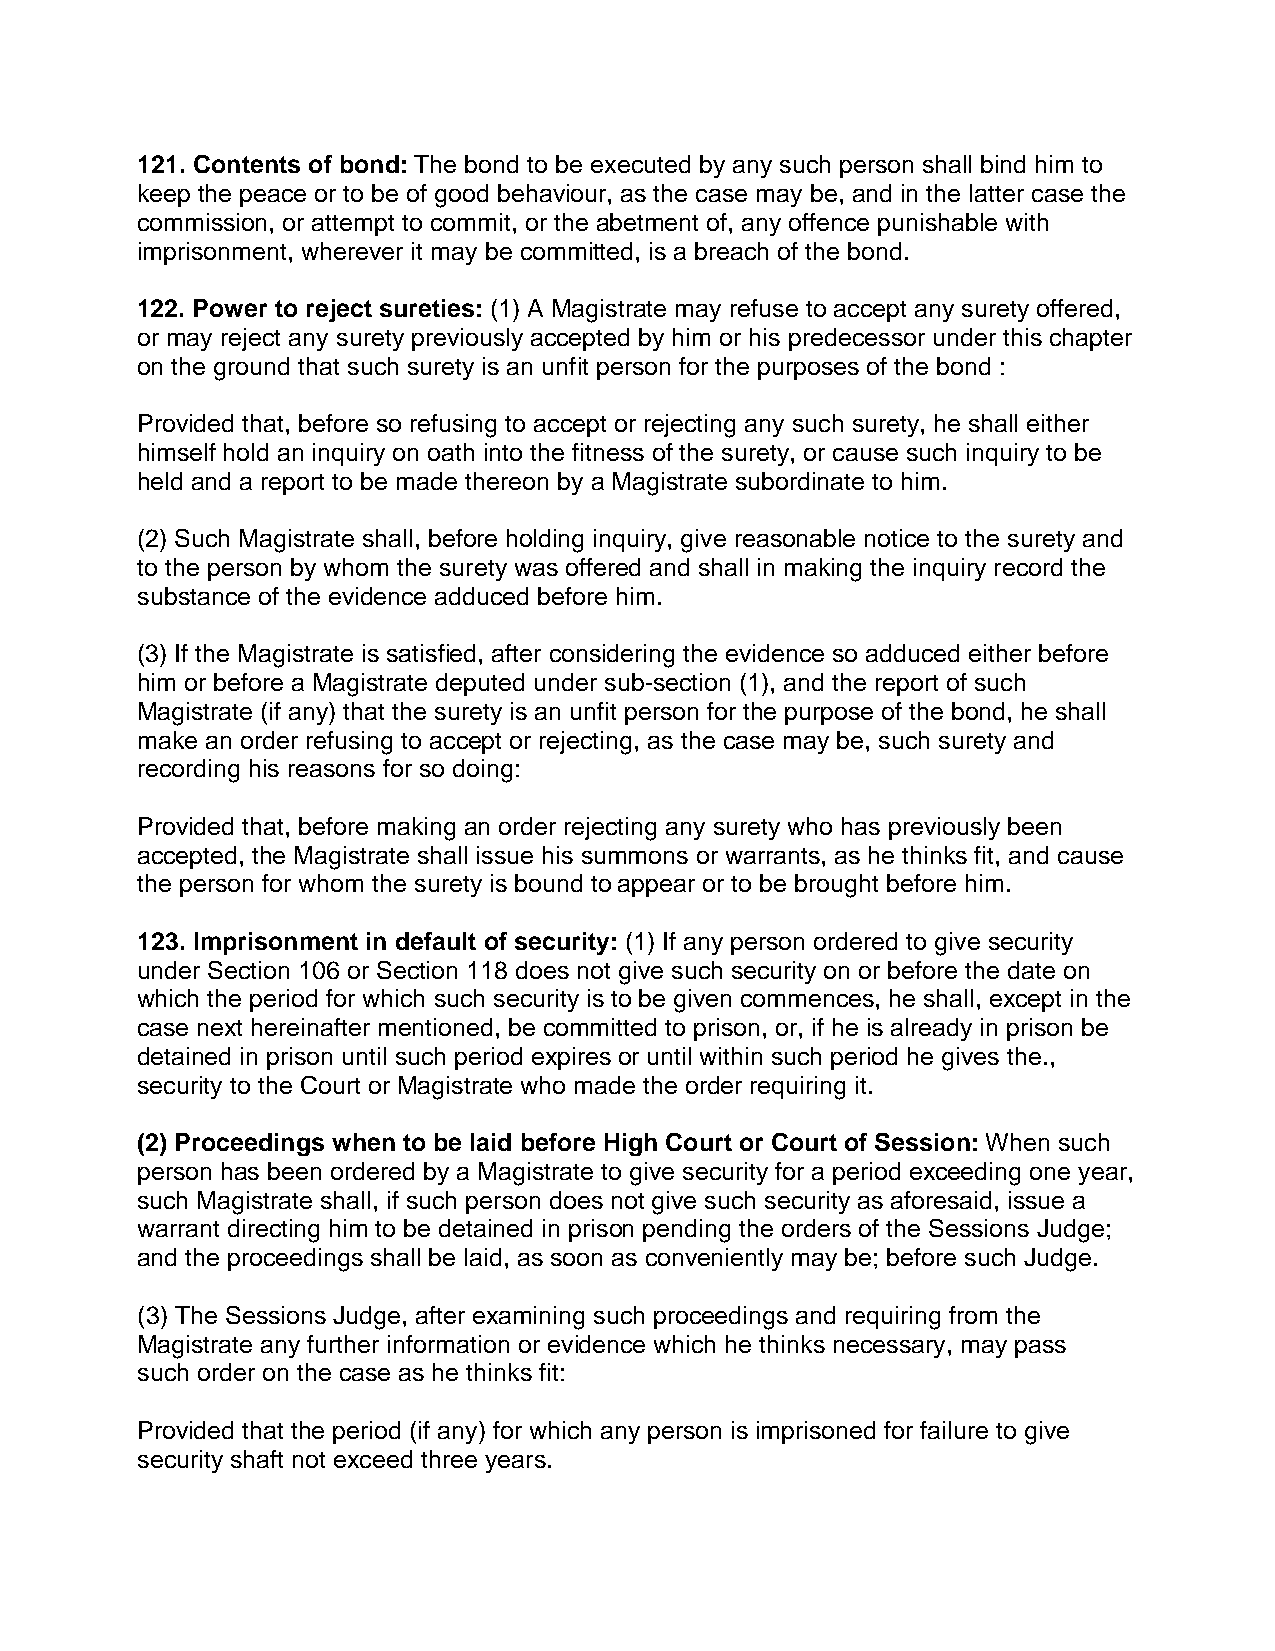
121. Contents of bond: The bond to be executed by any such person shall bind him to
 keep the peace or to be of good behaviour, as the case may be, and in the latter case the
 commission, or attempt to commit, or the abetment of, any offence punishable with
 imprisonment, wherever it may be committed, is a breach of the bond.
 122. Power to reject sureties: (1) A Magistrate may refuse to accept any surety offered,
 or may reject any surety previously accepted by him or his predecessor under this chapter
 on the ground that such surety is an unfit person for the purposes of the bond :
 Provided that, before so refusing to accept or rejecting any such surety, he shall either
 himself hold an inquiry on oath into the fitness of the surety, or cause such inquiry to be
 held and a report to be made thereon by a Magistrate subordinate to him.
 (2) Such Magistrate shall, before holding inquiry, give reasonable notice to the surety and
 to the person by whom the surety was offered and shall in making the inquiry record the
 substance of the evidence adduced before him.
 (3) If the Magistrate is satisfied, after considering the evidence so adduced either before
 him or before a Magistrate deputed under sub-section (1), and the report of such
 Magistrate (if any) that the surety is an unfit person for the purpose of the bond, he shall
 make an order refusing to accept or rejecting, as the case may be, such surety and
 recording his reasons for so doing:
 Provided that, before making an order rejecting any surety who has previously been
 accepted, the Magistrate shall issue his summons or warrants, as he thinks fit, and cause
 the person for whom the surety is bound to appear or to be brought before him.
 123. Imprisonment in default of security: (1) If any person ordered to give security
 under Section 106 or Section 118 does not give such security on or before the date on
 which the period for which such security is to be given commences, he shall, except in the
 case next hereinafter mentioned, be committed to prison, or, if he is already in prison be
 detained in prison until such period expires or until within such period he gives the.,
 security to the Court or Magistrate who made the order requiring it.
 (2) Proceedings when to be laid before High Court or Court of Session: When such
 person has been ordered by a Magistrate to give security for a period exceeding one year,
 such Magistrate shall, if such person does not give such security as aforesaid, issue a
 warrant directing him to be detained in prison pending the orders of the Sessions Judge;
 and the proceedings shall be laid, as soon as conveniently may be; before such Judge.
 (3) The Sessions Judge, after examining such proceedings and requiring from the
 Magistrate any further information or evidence which he thinks necessary, may pass
 such order on the case as he thinks fit:
 Provided that the period (if any) for which any person is imprisoned for failure to give
 security shaft not exceed three years.